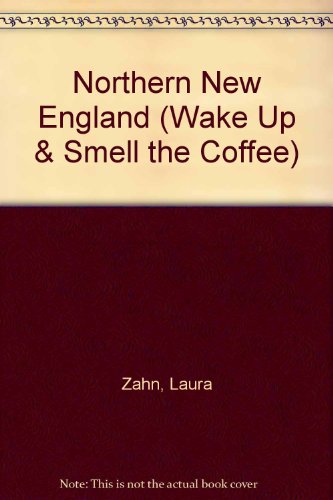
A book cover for Wake Up and Smell the Coffee: Northern New England Edition (Wake Up & Smell the Coffee); Laura Zahn; Travel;